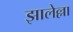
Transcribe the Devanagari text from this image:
झालेल्ला